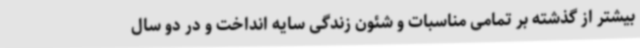
بیشتر از گذشته بر تمامی مناسبات و شئون زندگی سایه انداخت و در دو سال